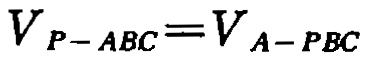
\[V_{P - ABC}=V_{A - PBC}\]